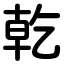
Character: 乾